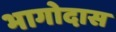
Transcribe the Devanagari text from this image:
भागोदास